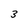
Character: 3